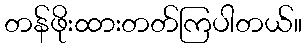
တန်ဖိုးထားတတ်ကြပါတယ်။